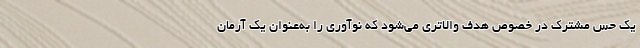
یک حس مشترک در خصوص هدف والاتری می‌شود که نوآوری را به‌عنوان یک آرمان